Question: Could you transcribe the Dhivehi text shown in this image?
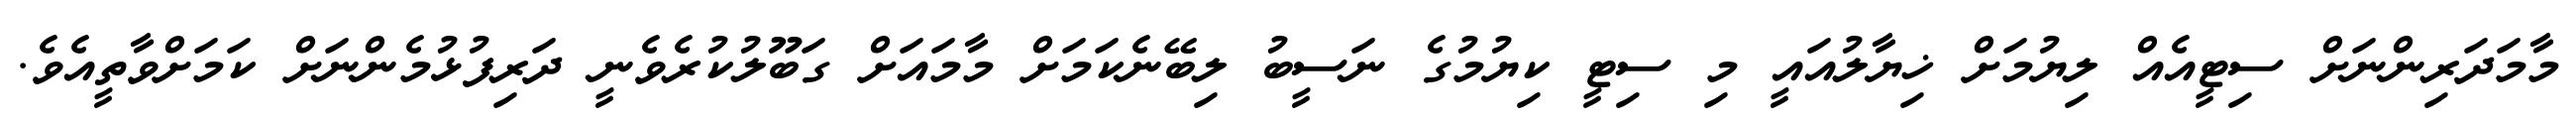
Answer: މާމަދަރިންނަށް ސިޓީއެއް ލިޔުމަށް ޚިޔާލުއައީ މި ސިޓީ ކިޔުމުގެ ނަސީބު ލިބޭނެކަމަށް މާމައަށް ގަބޫލުކުރެވެނީ ދަރިފުޅުމެންނަށް ކަމަށްވާތީއެވެ.